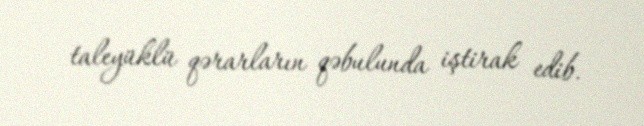
taleyüklü qərarların qəbulunda iştirak edib.